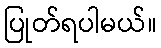
ပြုတ်ရပါမယ်။